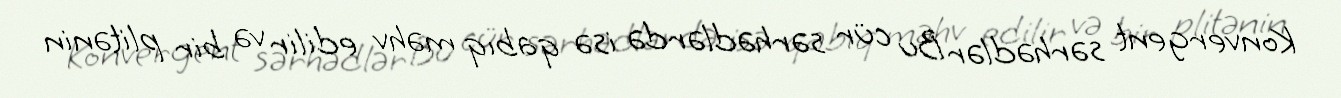
Konvergent sərhədlər Bu cür sərhədlərdə isə qabıq məhv edilir və bir plitənin